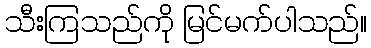
သီးကြသည်ကို မြင်မက်ပါသည်။